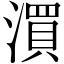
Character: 㵋